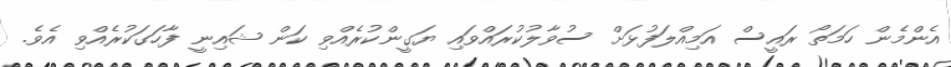
އެންމެން ހަމަތޯ ރައީސް އަމިއްލަފުޅަށް ސުވާލުކުރައްވައި ޔަގީންކުރެއްވި ކަން ޝައިނީ ފާހަގަކުރެއްވި އެވެ.